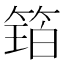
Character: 𮅩